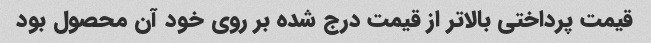
قیمت پرداختی بالاتر از قیمت درج شده بر روی خود آن محصول بود